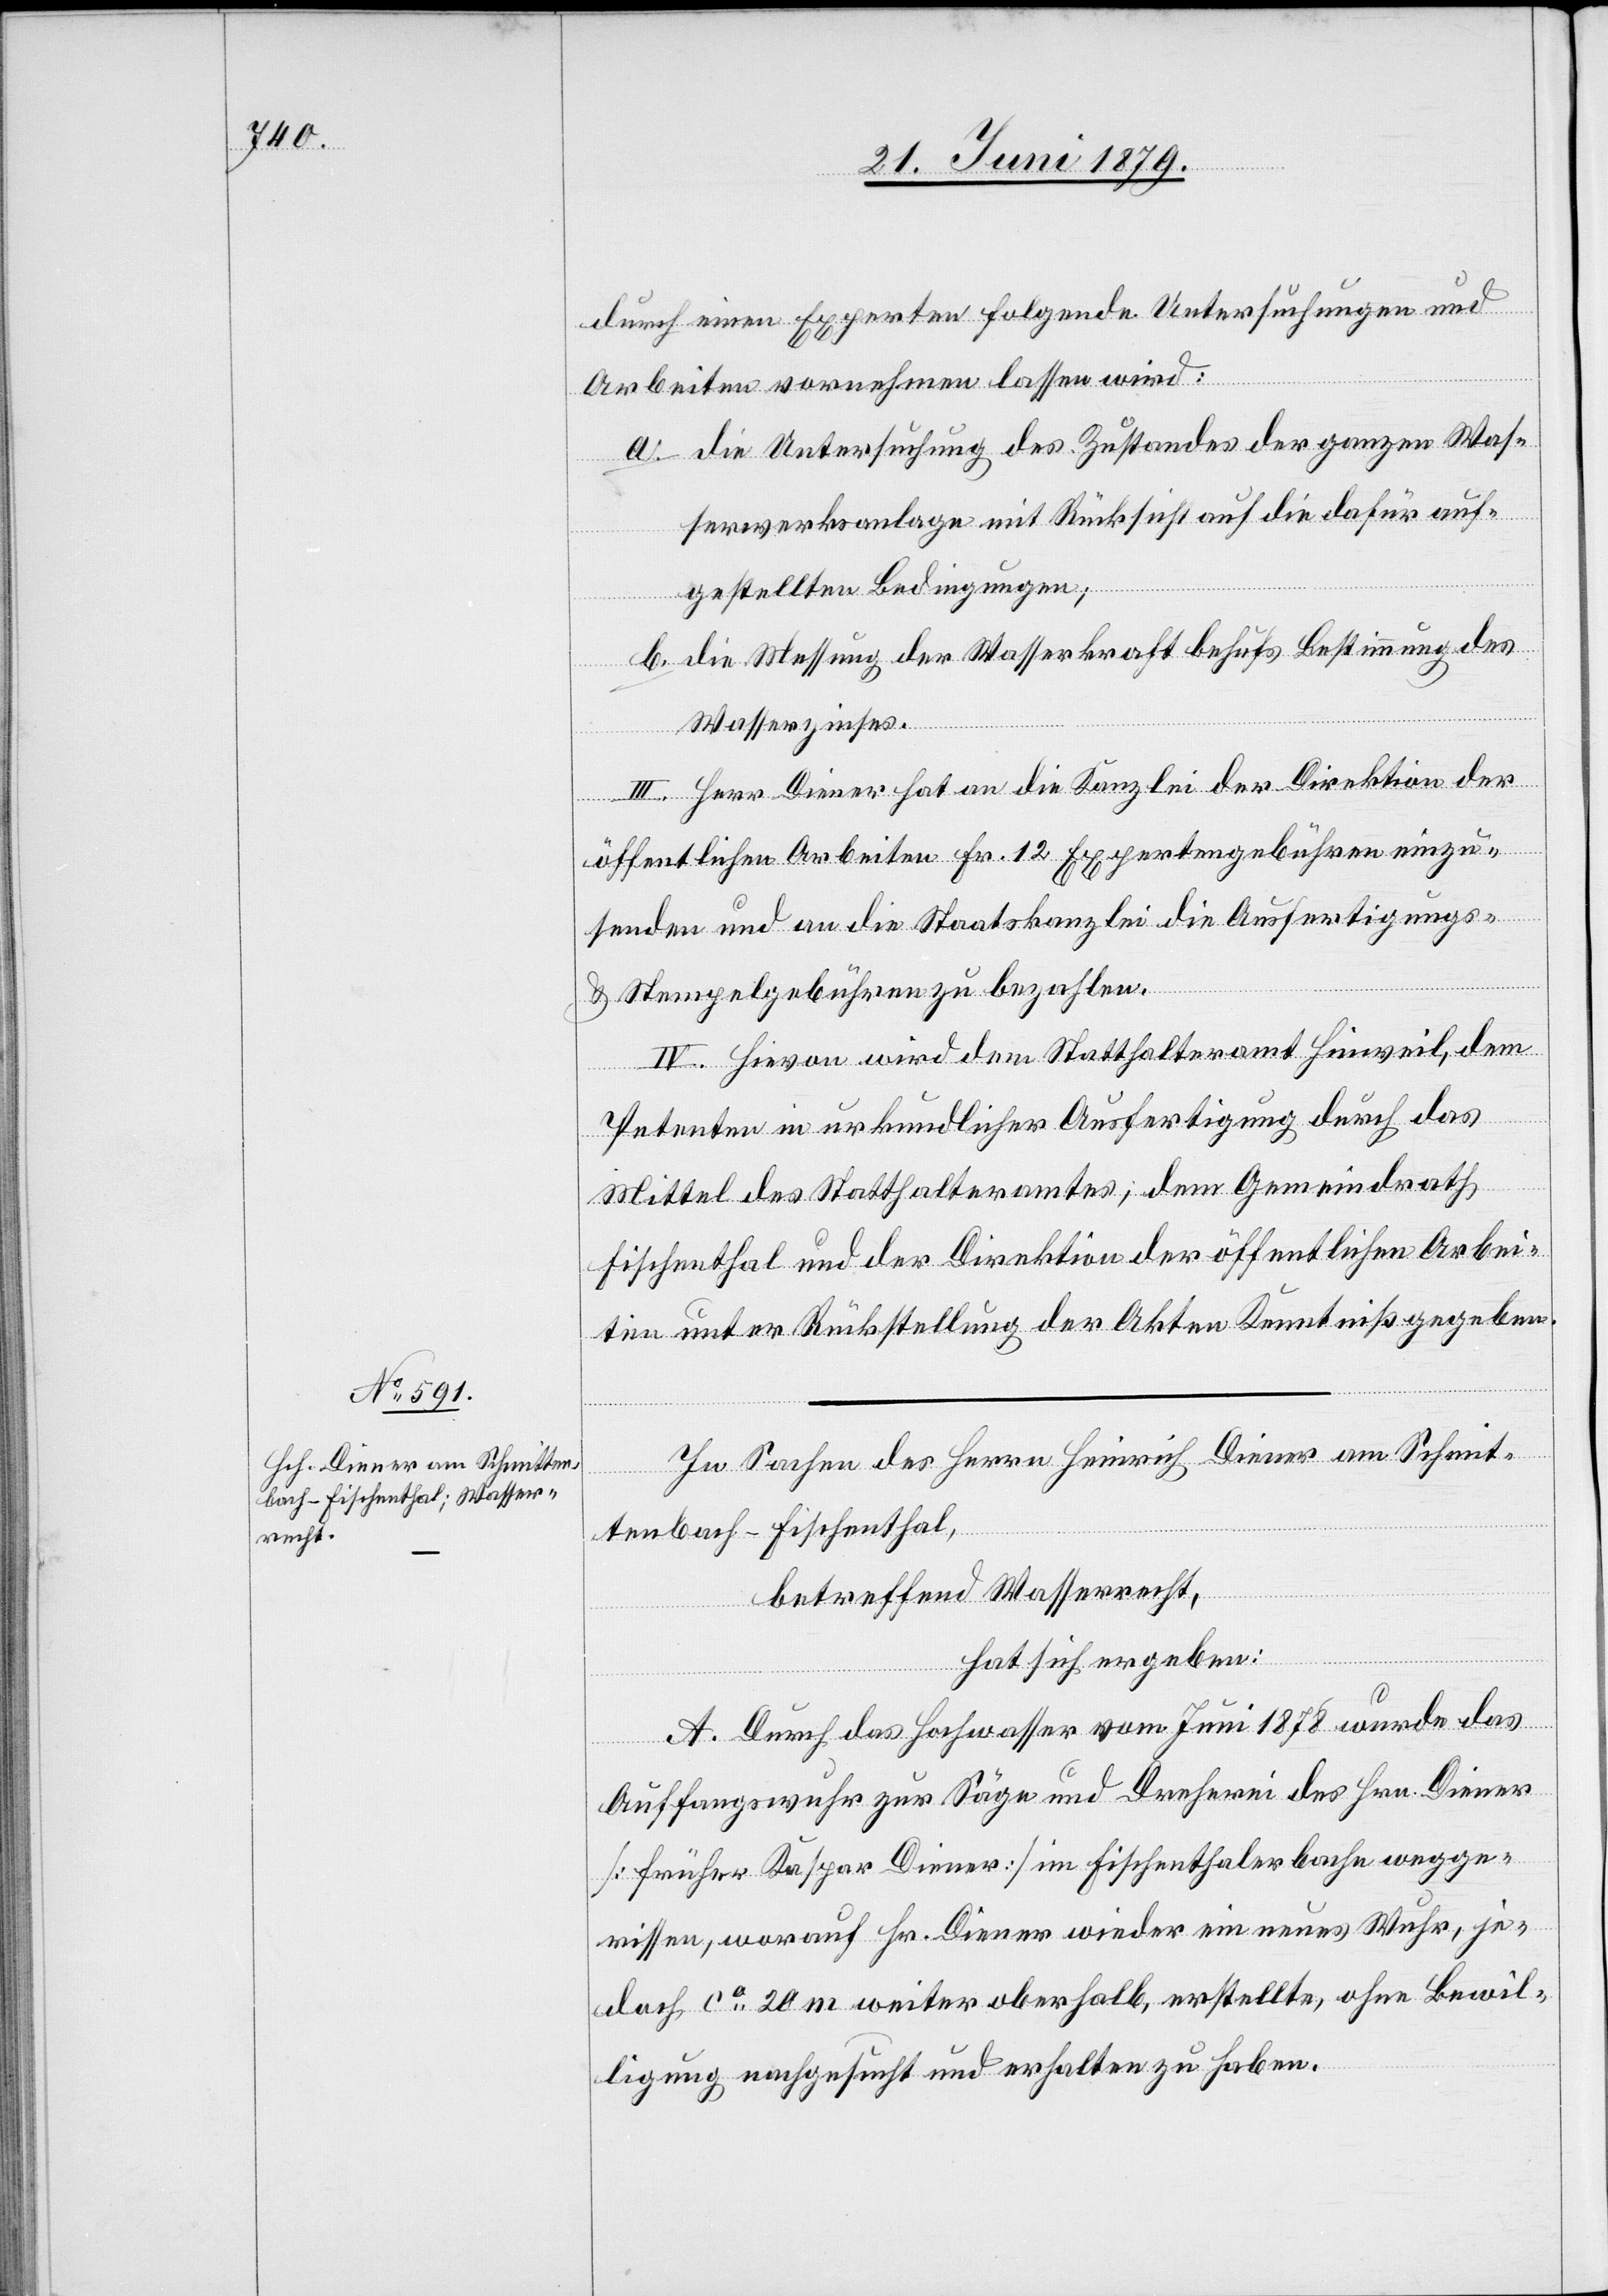
durch einen Experten folgende Untersuchungen und
Arbeiten vornehmen lassen wird:
a. die Untersuchung des Zustandes der ganzen Was¬
serwerksanlage mit Rücksicht auf die dafür auf¬
gestellten Bedingungen;
b. die Messung der Wasserkraft behufs Bestimmung des
Wasserzinses.
III. Herr Diener hat an die Kanzlei der Direktion der
öffentlichen Arbeiten Fr. 12 Expertengebühren einzu¬
senden und an die Staatskanzlei die Ausfertigungs-
& Stempelgebühren zu bezahlen.
IV. Hievon wird dem Statthalteramt Hinweil, dem
Petenten in urkundlicher Ausfertigung durch das
Mittel des Statthalteramtes; dem Gemeindrath
Fischenthal und der Direktion der öffentlichen Arbei¬
ten unter Rückstellung der Akten Kenntniß gegeben.
In Sachen des Herrn Heinrich Diener am Schmit¬
tenbach - Fischenthal,
betreffend Wasserrecht,
hat sich ergeben:
A. Durch das Hochwasser vom Juni 1878 wurde das
Auffangswuhr zur Säge und Dreherei des Hrn. Diener
[früher Kaspar Diener] im Fischenthalerbache wegge¬
rissen, worauf Hr. Diener wieder ein neues Wuhr, je¬
doch ca 20 m weiter oberhalb, erstellte, ohne Bewil¬
ligung nachgesucht und erhalten zu haben.